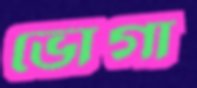
ভোগা